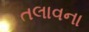
તલાવના